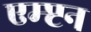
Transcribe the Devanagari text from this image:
एम्प्टन